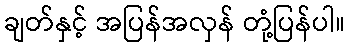
ချတ်နှင့် အပြန်အလှန် တုံ့ပြန်ပါ။